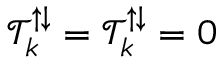
\mathcal { T } _ { k } ^ { \uparrow \downarrow } = \mathcal { T } _ { k } ^ { \uparrow \downarrow } = 0